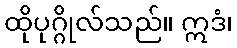
ထိုပုဂ္ဂိုလ်သည်။ ဣဒံ၊